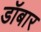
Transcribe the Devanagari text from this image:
डॉबार